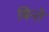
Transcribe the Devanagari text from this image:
बिन्ते